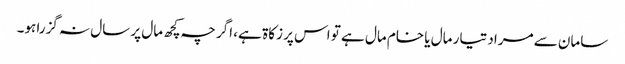
سامان سے مراد تیار مال یا خام مال ہے تو اس پر زکاۃ ہے، اگر چہ کچھ مال پر سال نہ گزرا ہو۔